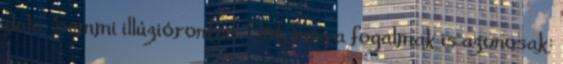
dala. Semmi illúziórontás. Sőt, még a fogalmak is azonosak: